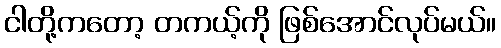
ငါတို့ကတော့ တကယ့်ကို ဖြစ်အောင်လုပ်မယ်။